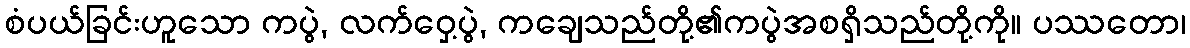
စံပယ်ခြင်းဟူသော ကပွဲ, လက်ဝှေ့ပွဲ, ကချေသည်တို့၏ကပွဲအစရှိသည်တို့ကို။ ပဿတော၊